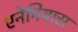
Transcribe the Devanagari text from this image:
एनेमियास